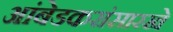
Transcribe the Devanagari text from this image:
आंबेडकरांसारखे